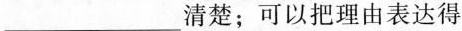
___清楚；可以把理由表达得